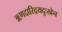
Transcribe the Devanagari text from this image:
ऋणदारिद्रयदुःखेन